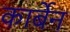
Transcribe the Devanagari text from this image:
कार्बेन